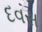
દવસ